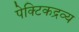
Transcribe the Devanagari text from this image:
पेक्टिकद्रव्य